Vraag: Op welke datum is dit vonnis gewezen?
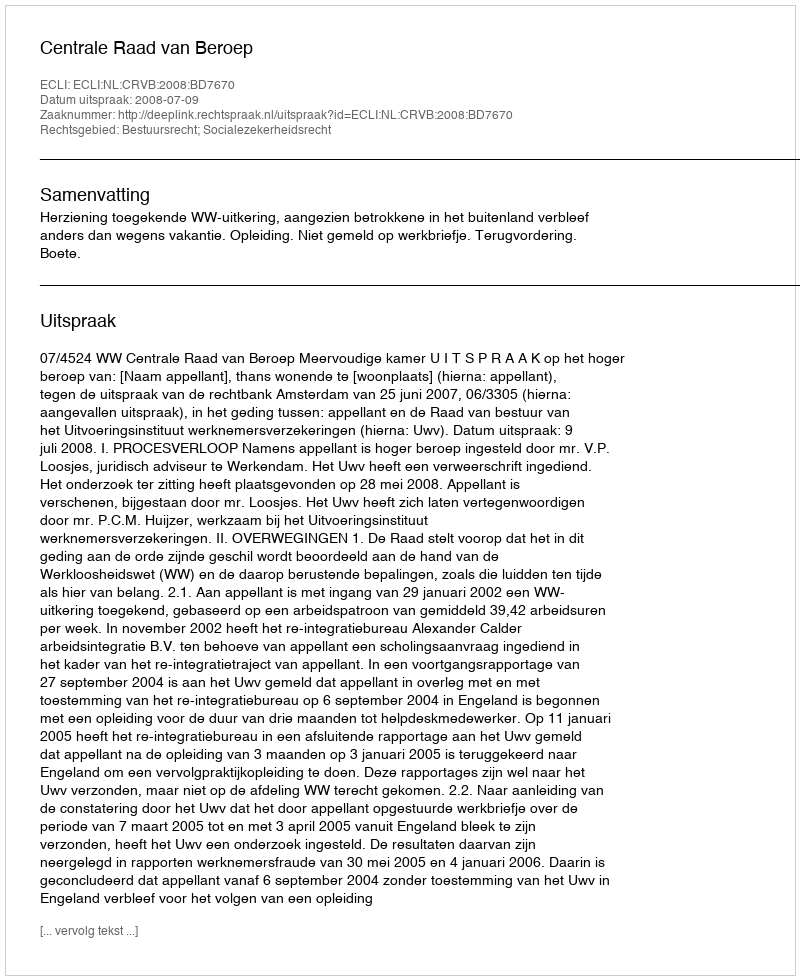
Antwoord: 2008-07-09